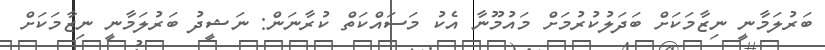
ބަރުލަމާނީ ނިޒާމަކަށް ބަދަލުކުރުމަށް މައުމޫނާ އެކު މަސައްކަތް ކުރާނަން: ނަޝީދު ބަރުލަމާނީ ނިޒާމަކަށް